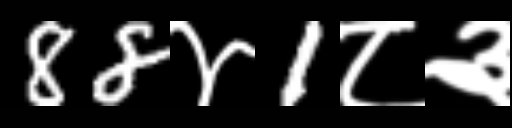
Text: 88४1८३